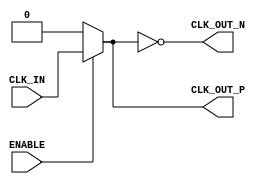
module differential_clock_buffer (
    input wire CLK_IN,      // Single-ended clock input
    input wire ENABLE,      // Enable signal
    output wire CLK_OUT_P,  // Differential clock output positive
    output wire CLK_OUT_N   // Differential clock output negative
);

    // Internal signals
    wire clk_in_buf;        // Buffered clock input
    wire clk_in_inv;        // Inverted clock input

    // Buffering the input clock signal
    assign clk_in_buf = ENABLE ? CLK_IN : 1'b0; // Buffering with enable control

    // Phase inverter to generate the complementary output
    assign clk_in_inv = ~clk_in_buf;

    // Differential clock outputs
    assign CLK_OUT_P = clk_in_buf;  // Positive output
    assign CLK_OUT_N = clk_in_inv;   // Negative output

endmodule